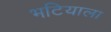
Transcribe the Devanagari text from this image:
भटियाला